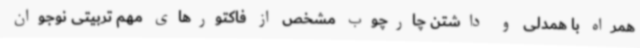
همراه با همدلی و داشتن چارچوب مشخص از فاکتورهای مهم تربیتی نوجوان